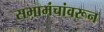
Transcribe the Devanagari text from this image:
सभामंचांवरून